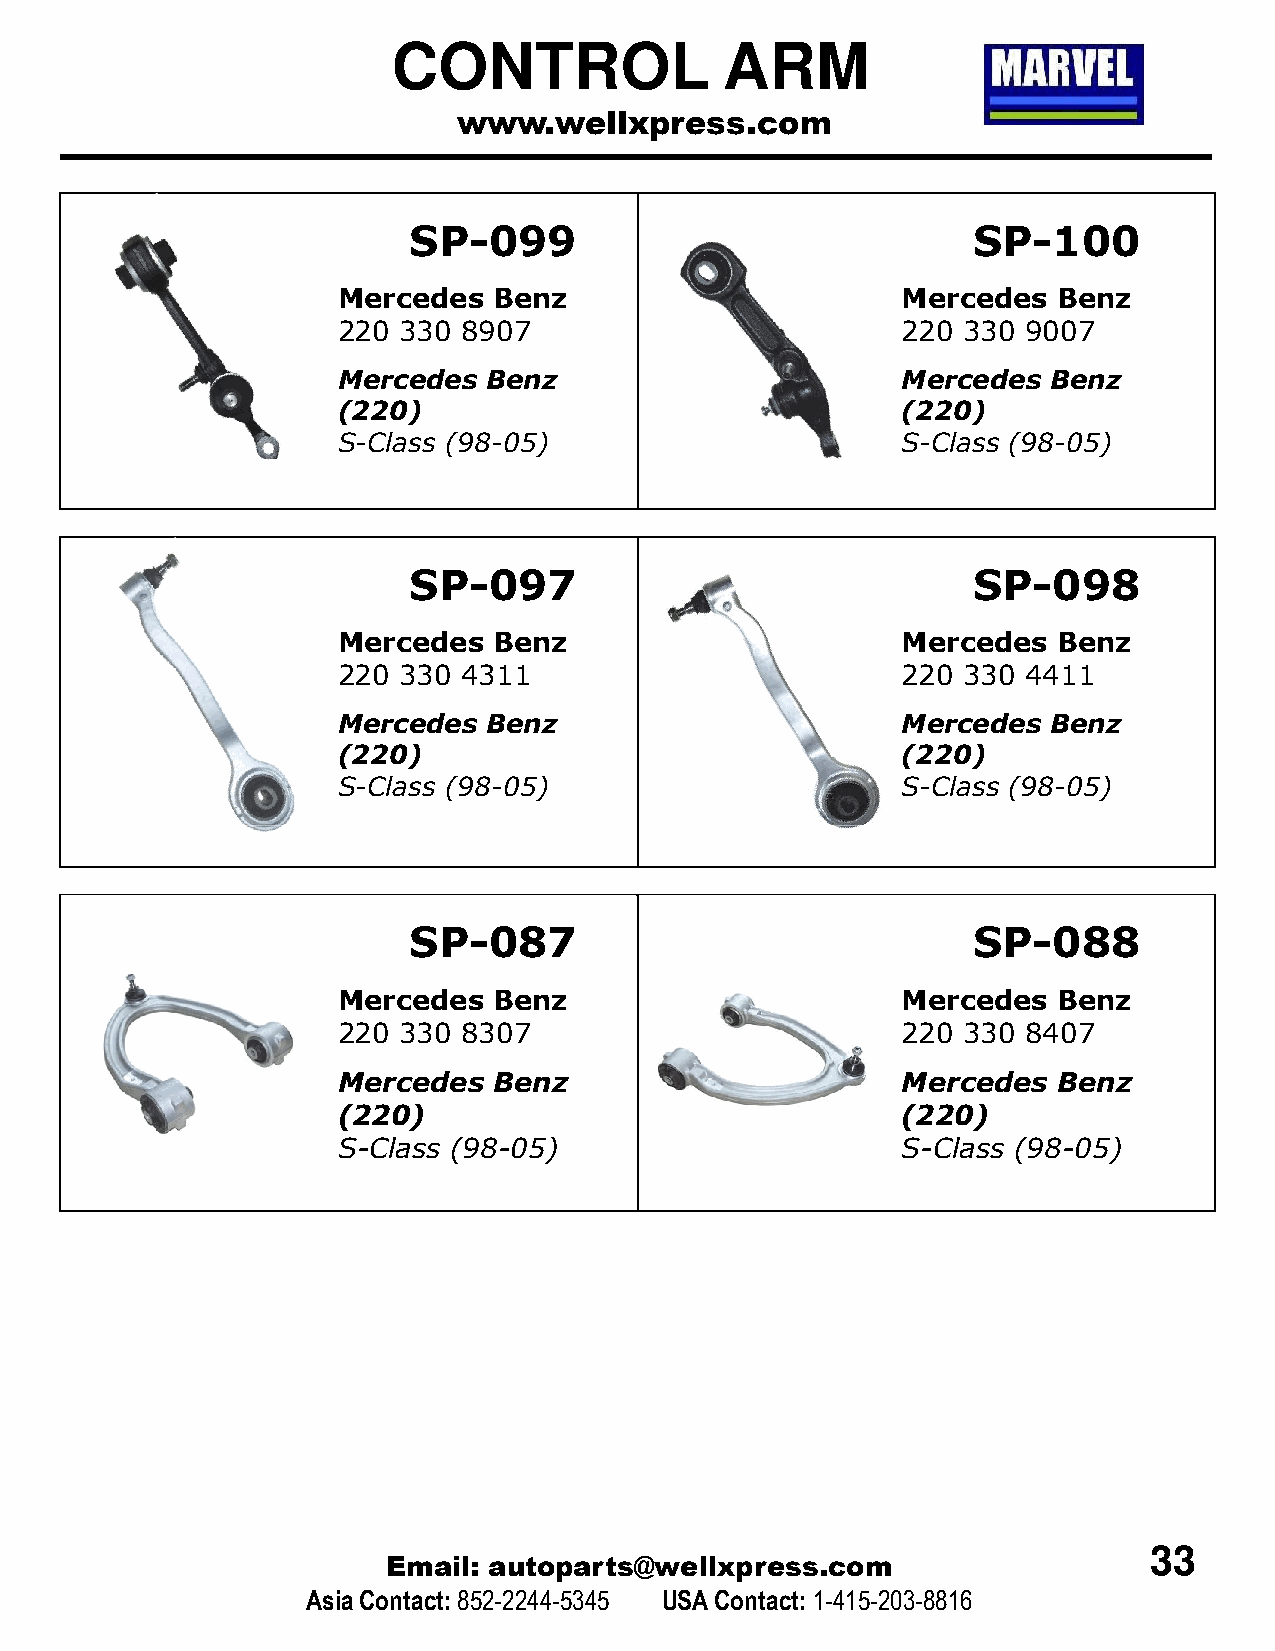
CONTROL               ARM
 www.wellxpress.com
 SP-099                               SP-100
 Mercedes   Benz                       Mercedes  Benz
 220 330  8907                         220 330 9007
 Mercedes  Benz                        Mercedes  Benz
 (220)                                 (220)
 S-Class (98-05)                       S-Class (98-05)
 SP-097                               SP-098
 Mercedes   Benz                       Mercedes  Benz
 220 330  4311                         220 330 4411
 Mercedes  Benz                        Mercedes  Benz
 (220)                                 (220)
 S-Class (98-05)                       S-Class (98-05)
 SP-087                               SP-088
 Mercedes   Benz                       Mercedes  Benz
 220 330  8307                         220 330 8407
 Mercedes   Benz                       Mercedes  Benz
 (220)                                 (220)
 S-Class (98-05)                       S-Class (98-05)
 33
 Email: autoparts@wellxpress.com
 Asia Contact:852-2244-5345 USA Contact: 1-415-203-8816